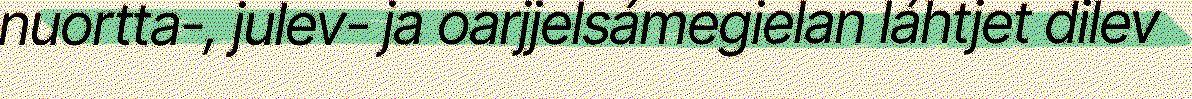
nuortta-, julev- ja oarjjelsámegielan láhtjet dilev